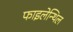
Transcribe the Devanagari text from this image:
फाइलेन्थिल